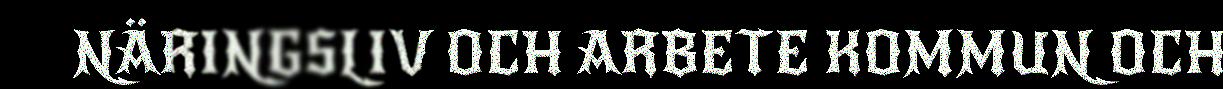
NÄRINGSLIV OCH ARBETE KOMMUN OCH